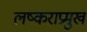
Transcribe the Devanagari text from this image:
लष्कराप्रमुख